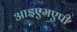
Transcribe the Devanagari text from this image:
आइएमएपी